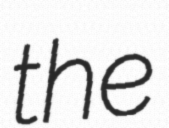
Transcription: the